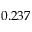
0 . 2 3 7